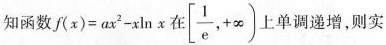
知函数$$f(x)=ax^{2}-x\ln x$$在\left[ \frac{1}{e},+ \infty\right )单调递增，则实